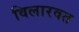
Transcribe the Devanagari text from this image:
विलारवत